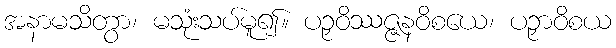
အနာမသိတွာ၊ မသုံးသပ်မူ၍။ ပဉှဝိဿဇ္ဇနဝိစယေ၊ ပဉှာဝိစယ